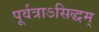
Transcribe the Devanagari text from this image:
पूर्वत्राऽसिद्धम्